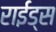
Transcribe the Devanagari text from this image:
राईड्स